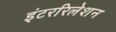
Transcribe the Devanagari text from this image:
इंटररिलेशन